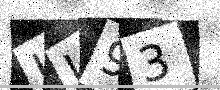
Text: JJ93